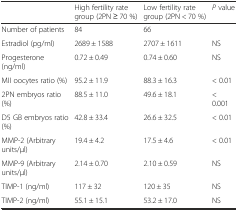
|  | High fertility rate group (2PN ≥ 70 %) | Low fertility rate group (2PN < 70 %) | P value |
 | --- | --- | --- | --- |
 | Number of patients | 84 | 66 |  |
 | Estradiol (pg/ml) | 2689 ± 1588 | 2707 ± 1611 | NS |
 | Progesterone (ng/ml) | 0.72 ± 0.49 | 0.74 ± 0.60 | NS |
 | MII oocytes ratio (%) | 95.2 ± 11.9 | 88.3 ± 16.3 | < 0.01 |
 | 2PN embryos ratio (%) | 88.5 ± 11.0 | 49.6 ± 18.1 | < 0.001 |
 | D5 GB embryos ratio (%) | 42.8 ± 33.4 | 26.6 ± 32.5 | < 0.01 |
 | MMP-2 (Arbitrary units/μl) | 19.4 ± 4.2 | 17.5 ± 4.6 | < 0.01 |
 | MMP-9 (Arbitrary units/μl) | 2.14 ± 0.70 | 2.10 ± 0.59 | NS |
 | TIMP-1 (ng/ml) | 117 ± 32 | 120 ± 35 | NS |
 | TIMP-2 (ng/ml) | 55.1 ± 15.1 | 53.2 ± 17.0 | NS |